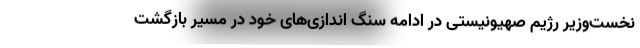
نخست‌وزیر رژیم صهیونیستی در ادامه سنگ اندازی‌های خود در مسیر بازگشت